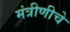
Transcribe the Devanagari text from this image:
मंत्रीणीचे